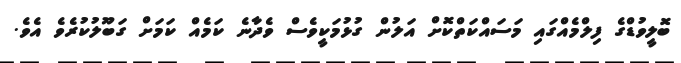
ބޮލީވުޑްގެ ފިލްމެއްގައި މަސައްކަތްކޮށް އަލުން ގުޅުމަކީވެސް ވެދާނެ ކަމެއް ކަމަށް ގަބޫލުކުރެވެ އެވެ.